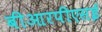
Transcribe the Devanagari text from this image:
बीआरपीएसई